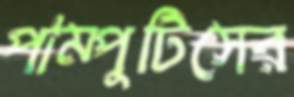
পাম্পুটিসের